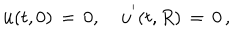
LaTeX: { \bf u } ( t , 0 ) \, = \, 0 , \quad { \bf u } ^ { ' } ( t , R ) \, = \, 0 \, { , }